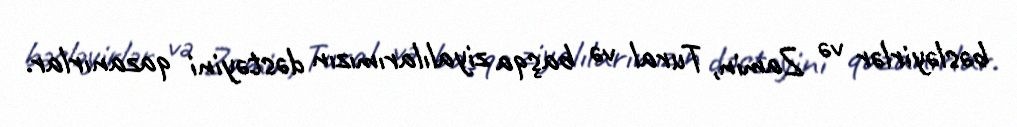
bəsləyirlər və Zamin, Tural və başqa ziyalılarımızın dəstəyini qazanırlar.